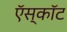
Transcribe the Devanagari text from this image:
ऍस्कॉट